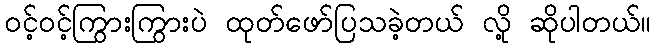
ဝင့်ဝင့်ကြွားကြွားပဲ ထုတ်ဖော်ပြသခဲ့တယ် လို့ ဆိုပါတယ်။